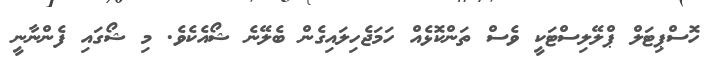
ހޮސްޕިޓަލް ޕްލޭލިސްޓަކީ ވެސް ތަންކޮޅެއް ހަމަޖެހިލައިގެން ބެލޭނެ ޝޯއެކެވެ. މި ޝޯގައި ފެންނާނީ